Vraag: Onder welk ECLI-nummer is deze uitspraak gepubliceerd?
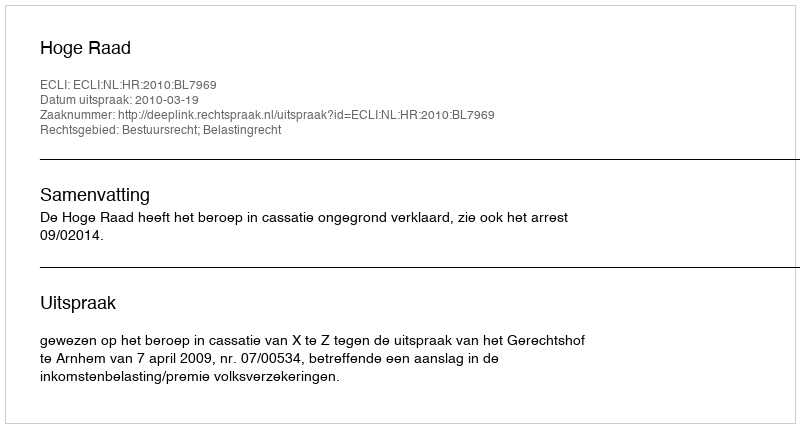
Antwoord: ECLI:NL:HR:2010:BL7969